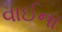
વાઈના